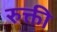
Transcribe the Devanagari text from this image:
रुक्ती